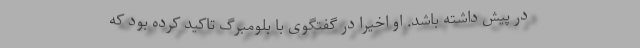
در پیش داشته باشد. او اخیرا در گفتگوی با بلومبرگ تاکید کرده بود که